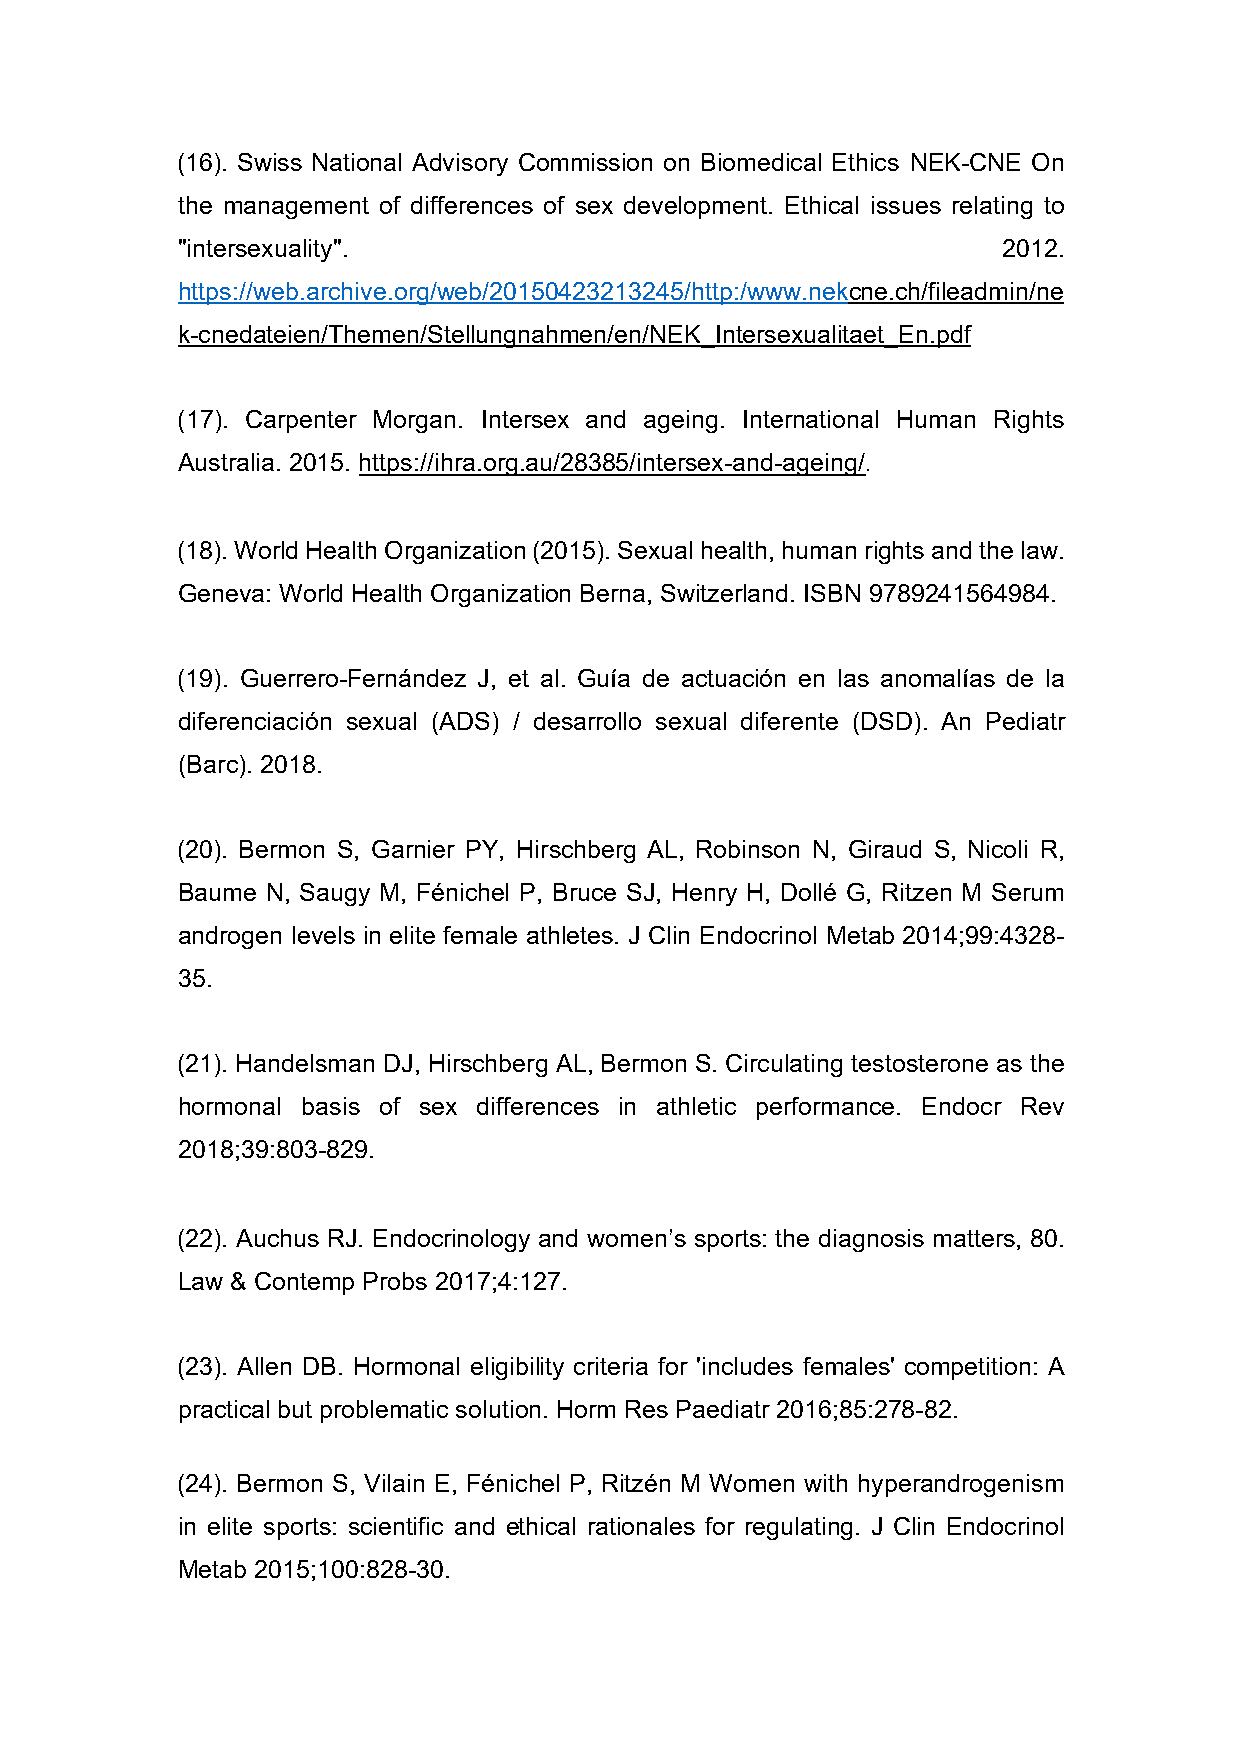
(16). Swiss National Advisory Commission on Biomedical Ethics NEK-CNE On
 the management of differences of sex development. Ethical issues relating to
 "intersexuality".                                     2012.
 https://web.archive.org/web/20150423213245/http:/www.nekcne.ch/fileadmin/ne
 k-cnedateien/Themen/Stellungnahmen/en/NEK_Intersexualitaet_En.pdf
 (17). Carpenter Morgan. Intersex and ageing. International Human Rights
 Australia. 2015. https://ihra.org.au/28385/intersex-and-ageing/.
 (18). World Health Organization (2015). Sexual health, human rights and the law.
 Geneva: World Health Organization Berna, Switzerland. ISBN 9789241564984.
 (19). Guerrero-Fernández J, et al. Guía de actuación en las anomalías de la
 diferenciación sexual (ADS) / desarrollo sexual diferente (DSD). An Pediatr
 (Barc). 2018.
 (20). Bermon S, Garnier PY, Hirschberg AL, Robinson N, Giraud S, Nicoli R,
 Baume N, Saugy M, Fénichel P, Bruce SJ, Henry H, Dollé G, Ritzen M Serum
 androgen levels in elite female athletes. J Clin Endocrinol Metab 2014;99:4328-
 35.
 (21). Handelsman DJ, Hirschberg AL, Bermon S. Circulating testosterone as the
 hormonal basis of sex differences in athletic performance. Endocr Rev
 2018;39:803-829.
 (22). Auchus RJ. Endocrinology and women’s sports: the diagnosis matters, 80.
 Law & Contemp Probs 2017;4:127.
 (23). Allen DB. Hormonal eligibility criteria for 'includes females' competition: A
 practical but problematic solution. Horm Res Paediatr 2016;85:278-82.
 (24). Bermon S, Vilain E, Fénichel P, Ritzén M Women with hyperandrogenism
 in elite sports: scientific and ethical rationales for regulating. J Clin Endocrinol
 Metab 2015;100:828-30.